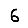
Digit: 6